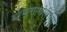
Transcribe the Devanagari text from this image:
महसुलासंबंधीच्या